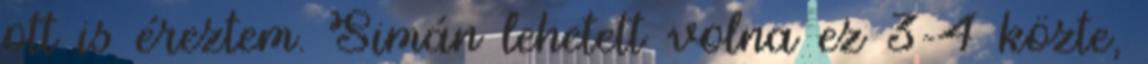
ott is éreztem. Simán lehetett volna ez 3-4 közte,